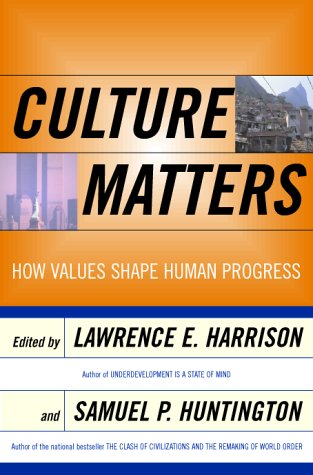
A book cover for Culture Matters: How Values Shape Human Progress; Lawrence E. Harrison; Business & Money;